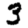
Digit: 3